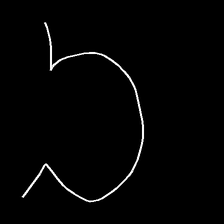
Glyph: weave